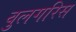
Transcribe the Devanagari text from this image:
वुलगरिस